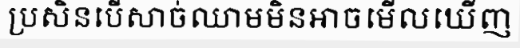
ប្រសិនបើសាច់ឈាមមិនអាចមើលឃើញ